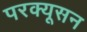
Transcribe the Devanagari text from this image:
परक्यूसन